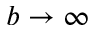
b \to \infty